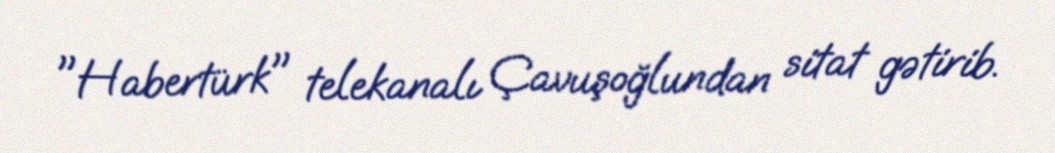
"Habertürk" telekanalı Çavuşoğlundan sitat gətirib.